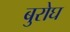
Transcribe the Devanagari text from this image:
बुरोघ